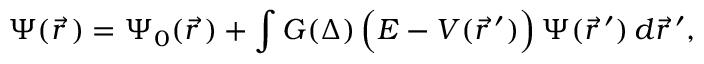
\Psi ( \vec { r } \, ) = \Psi _ { 0 } ( \vec { r } \, ) + \int G ( \Delta ) \, \Bigl ( E - V ( \vec { r } \, ^ { \prime } ) \Bigr ) \, \Psi ( \vec { r } \, ^ { \prime } ) \, d \vec { r } \, ^ { \prime } ,